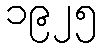
၁၉၂၅